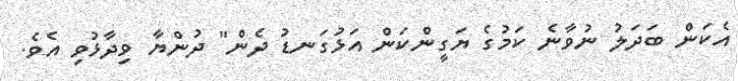
އެކަން ބަދަލު ނުވާނެ ކަމުގެ ޔަގީންކަން އަޅުގަނޑު ދެން" ދުންޔާ ވިދާޅުވި އެވެ.